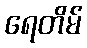
ရေတိမ်